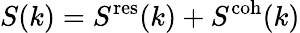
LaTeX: S(k)=S^{\mathrm{res}}(k)+S^{\mathrm{coh}}(k)